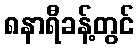
၈နာရီခန့်တွင်